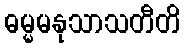
ဓမ္မမနုသာသတီတိ